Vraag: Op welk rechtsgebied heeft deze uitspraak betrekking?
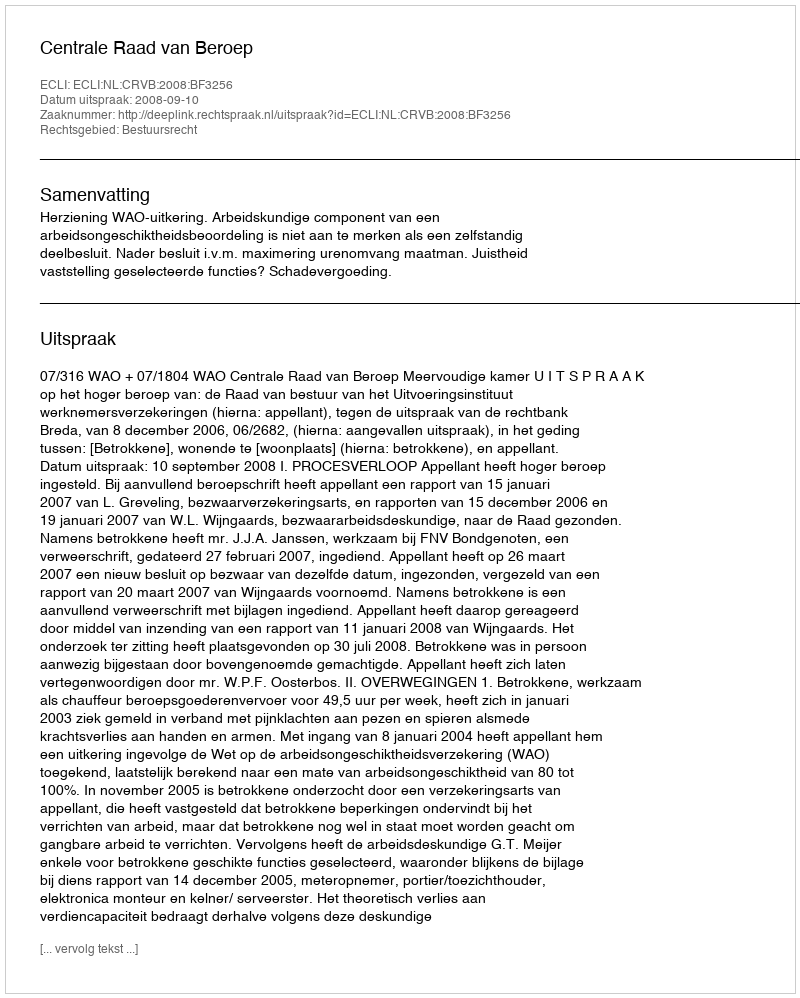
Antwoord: Bestuursrecht